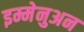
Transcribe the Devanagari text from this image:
इम्मेनुअन